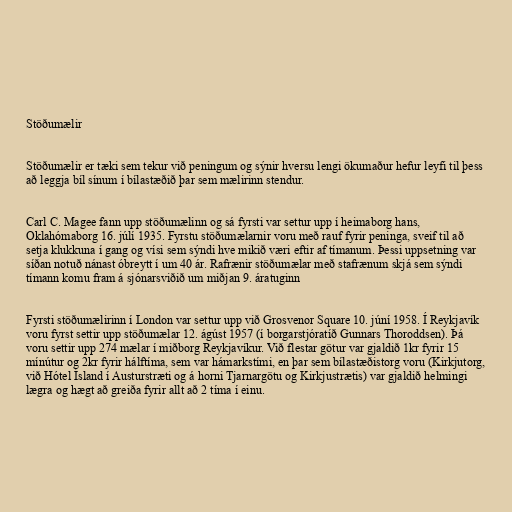
Stöðumælir

Stöðumælir er tæki sem tekur við peningum og sýnir hversu lengi ökumaður hefur leyfi til þess
að leggja bíl sínum í bílastæðið þar sem mælirinn stendur.

Carl C. Magee fann upp stöðumælinn og sá fyrsti var settur upp í heimaborg hans,
Oklahómaborg 16. júlí 1935. Fyrstu stöðumælarnir voru með rauf fyrir peninga, sveif til að
setja klukkuna í gang og vísi sem sýndi hve mikið væri eftir af tímanum. Þessi uppsetning var
síðan notuð nánast óbreytt í um 40 ár. Rafrænir stöðumælar með stafrænum skjá sem sýndi
tímann komu fram á sjónarsviðið um miðjan 9. áratuginn

Fyrsti stöðumælirinn í London var settur upp við Grosvenor Square 10. júní 1958. Í Reykjavík
voru fyrst settir upp stöðumælar 12. ágúst 1957 (í borgarstjóratíð Gunnars Thoroddsen). Þá
voru settir upp 274 mælar í miðborg Reykjavíkur. Við flestar götur var gjaldið 1kr fyrir 15
mínútur og 2kr fyrir hálftíma, sem var hámarkstími, en þar sem bílastæðistorg voru (Kirkjutorg,
við Hótel Ísland í Austurstræti og á horni Tjarnargötu og Kirkjustrætis) var gjaldið helmingi
lægra og hægt að greiða fyrir allt að 2 tíma í einu.